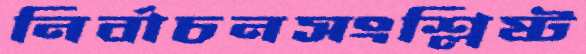
নির্বাচনসংশ্লিষ্ট